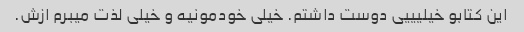
این کتابو خیلیییی دوست داشتم. خیلی خودمونیه و خیلی لذت میبرم ازش.